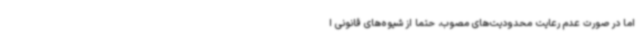
اما در صورت عدم رعایت محدودیت‌های مصوب، حتما از شیوه‌های قانونی ا